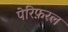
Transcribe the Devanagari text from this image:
पेरिफ़रल